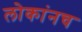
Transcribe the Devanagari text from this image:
लोकांनच